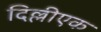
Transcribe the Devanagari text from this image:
दिल्लीएक